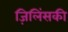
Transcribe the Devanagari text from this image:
ज़िलिंसकी